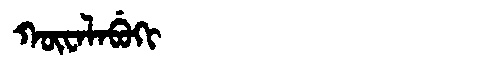
Manchu: ᡴᡡᠸᠠᠯᠠᠪᡠᡴᡳ
Romanization: KŪWALABUKI